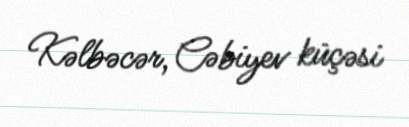
Kəlbəcər, Cəbiyev küçəsi